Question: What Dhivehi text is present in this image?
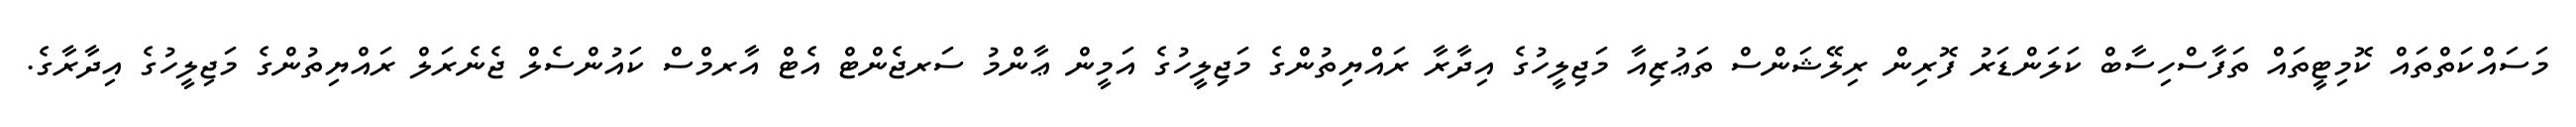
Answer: މަސައްކަތްތައް ކޮމިޓީތައް ތަފާސްހިސާބް ކަލަންޑަރު ފޮރިން ރިލޭޝަންސް ތަޢުޒިއާ މަޖިލީހުގެ އިދާރާ ރައްޔިތުންގެ މަޖިލީހުގެ އަމީން ޢާންމު ސަރޖެންޓް އެޓް އާރމްސް ކައުންސެލް ޖެނެރަލް ރައްޔިތުންގެ މަޖިލީހުގެ އިދާރާގެ.